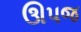
ઊપજ